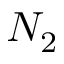
N _ { 2 }